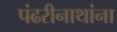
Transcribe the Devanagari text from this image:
पंढरीनाथांना